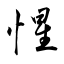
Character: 惺